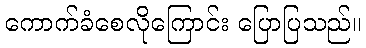
ကောက်ခံစေလိုကြောင်း ပြောပြသည်။